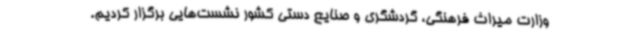
وزارت میراث فرهنگی، گردشگری و صنایع دستی کشور نشست‌هایی برگزار کردیم.